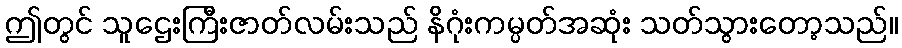
ဤတွင် သူဌေးကြီးဇာတ်လမ်းသည် နိဂုံးကမ္ပတ်အဆုံး သတ်သွားတော့သည်။